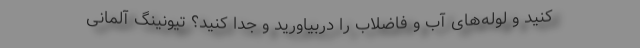
کنید و لوله‌های آب و فاضلاب را دربیاورید و جدا کنید؟ تیونینگ آلمانی